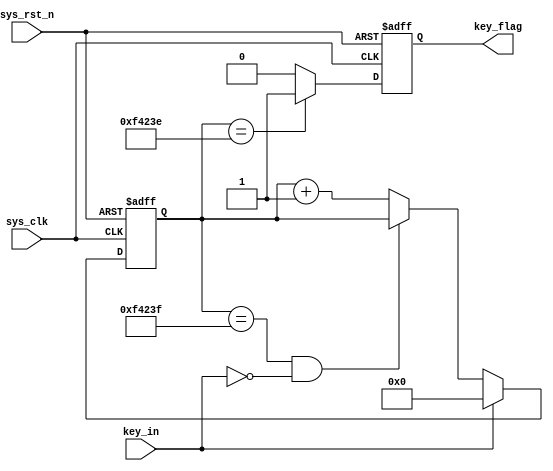
`timescale  1ns/1ns
////////////////////////////////////////////////////////////////////////
// Module Name   : key_filter
// Project Name  : top_dds
// Target Devices: Altera EP4CE10F17C8N
// Tool Versions : Quartus 13.0
// Description   : 
//
// Revision      : V1.0
// Additional Comments:
// 
// : _Pro_FPGA
//     : http://www.embedfire.com
//     : http://www.firebbs.cn
//     : https://fire-stm32.taobao.com
////////////////////////////////////////////////////////////////////////

module  key_filter
#(
    parameter CNT_MAX = 20'd999_999 //
)
(
    input   wire    sys_clk     ,   //50Mhz
    input   wire    sys_rst_n   ,   //
    input   wire    key_in      ,   //

    output  reg     key_flag        //key_flag1
                                    //key_flag0
);

//********************************************************************//
//****************** Parameter and Internal Signal *******************//
//********************************************************************//
//reg   define
reg     [19:0]  cnt_20ms    ;   //

//********************************************************************//
//***************************** Main Code ****************************//
//********************************************************************//

//cnt_20ms:
always@(posedge sys_clk or negedge sys_rst_n)
    if(sys_rst_n == 1'b0)
        cnt_20ms <= 20'b0;
    else    if(key_in == 1'b1)
        cnt_20ms <= 20'b0;
    else    if(cnt_20ms == CNT_MAX && key_in == 1'b0)
        cnt_20ms <= cnt_20ms;
    else
        cnt_20ms <= cnt_20ms + 1'b1;

//key_flag:20ms
//key_flag999_999,
always@(posedge sys_clk or negedge sys_rst_n)
    if(sys_rst_n == 1'b0)
        key_flag <= 1'b0;
    else    if(cnt_20ms == CNT_MAX - 1'b1)
        key_flag <= 1'b1;
    else
        key_flag <= 1'b0;

endmodule